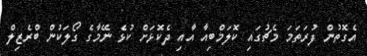
އެގޮތުން ފުރަތަމަ މެޗުގައި ކޮލަމްބިއާ އާއި ދެކޮޅަށް ކުޅެ ނޭމާގެ ގޯލަކުން ބްރެޒިލް